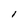
Character: l